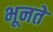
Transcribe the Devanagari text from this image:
भूनते